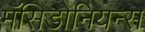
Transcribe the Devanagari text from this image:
मॅसिडोनियन्स